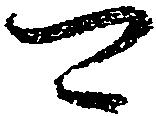
可